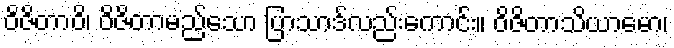
ဝိဇိတာဝိ၊ ဝိဇိတာမည်သော ပြာသာဒ်လည်းကောင်း။ ဝိဇိတာသိယာမော၊